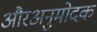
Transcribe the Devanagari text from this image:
औरअनुमोदक